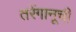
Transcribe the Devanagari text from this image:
तरेंगानूची